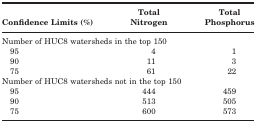
<table><thead><tr><td><b>Confidence Limits (%)</b></td><td><b>Total Nitrogen</b></td><td><b>Total Phosphorus</b></td></tr></thead><tbody><tr><td colspan="3">Number of HUC8 watersheds in the top 150</td></tr><tr><td>95</td><td>4</td><td>1</td></tr><tr><td>90</td><td>11</td><td>3</td></tr><tr><td>75</td><td>61</td><td>22</td></tr><tr><td colspan="3">Number of HUC8 watersheds not in the top 150</td></tr><tr><td>95</td><td>444</td><td>459</td></tr><tr><td>90</td><td>513</td><td>505</td></tr><tr><td>75</td><td>600</td><td>573</td></tr></tbody></table>